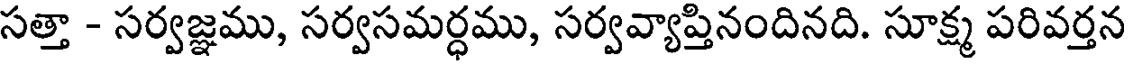
సత్తా - సర్వజ్ఞము, సర్వసమర్ధము, సర్వవ్యాప్తినందినది. సూక్ష్మ పరివర్తన